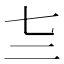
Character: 𰁕